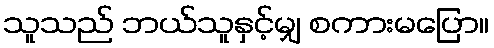
သူသည် ဘယ်သူနှင့်မျှ စကားမပြော။